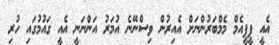
އެއީ ޕީޕީއެމް މެމްބަރުންނަށް އެއިރުން ވިސްނޭނެ އުމަރު އަންނަނީ އެއީ ގައުމުގައި ހުރި